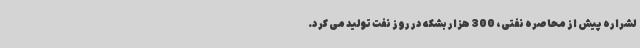
لشراره پیش از محاصره نفتی، 300 هزار بشکه در روز نفت تولید می کرد.